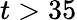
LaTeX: t>35